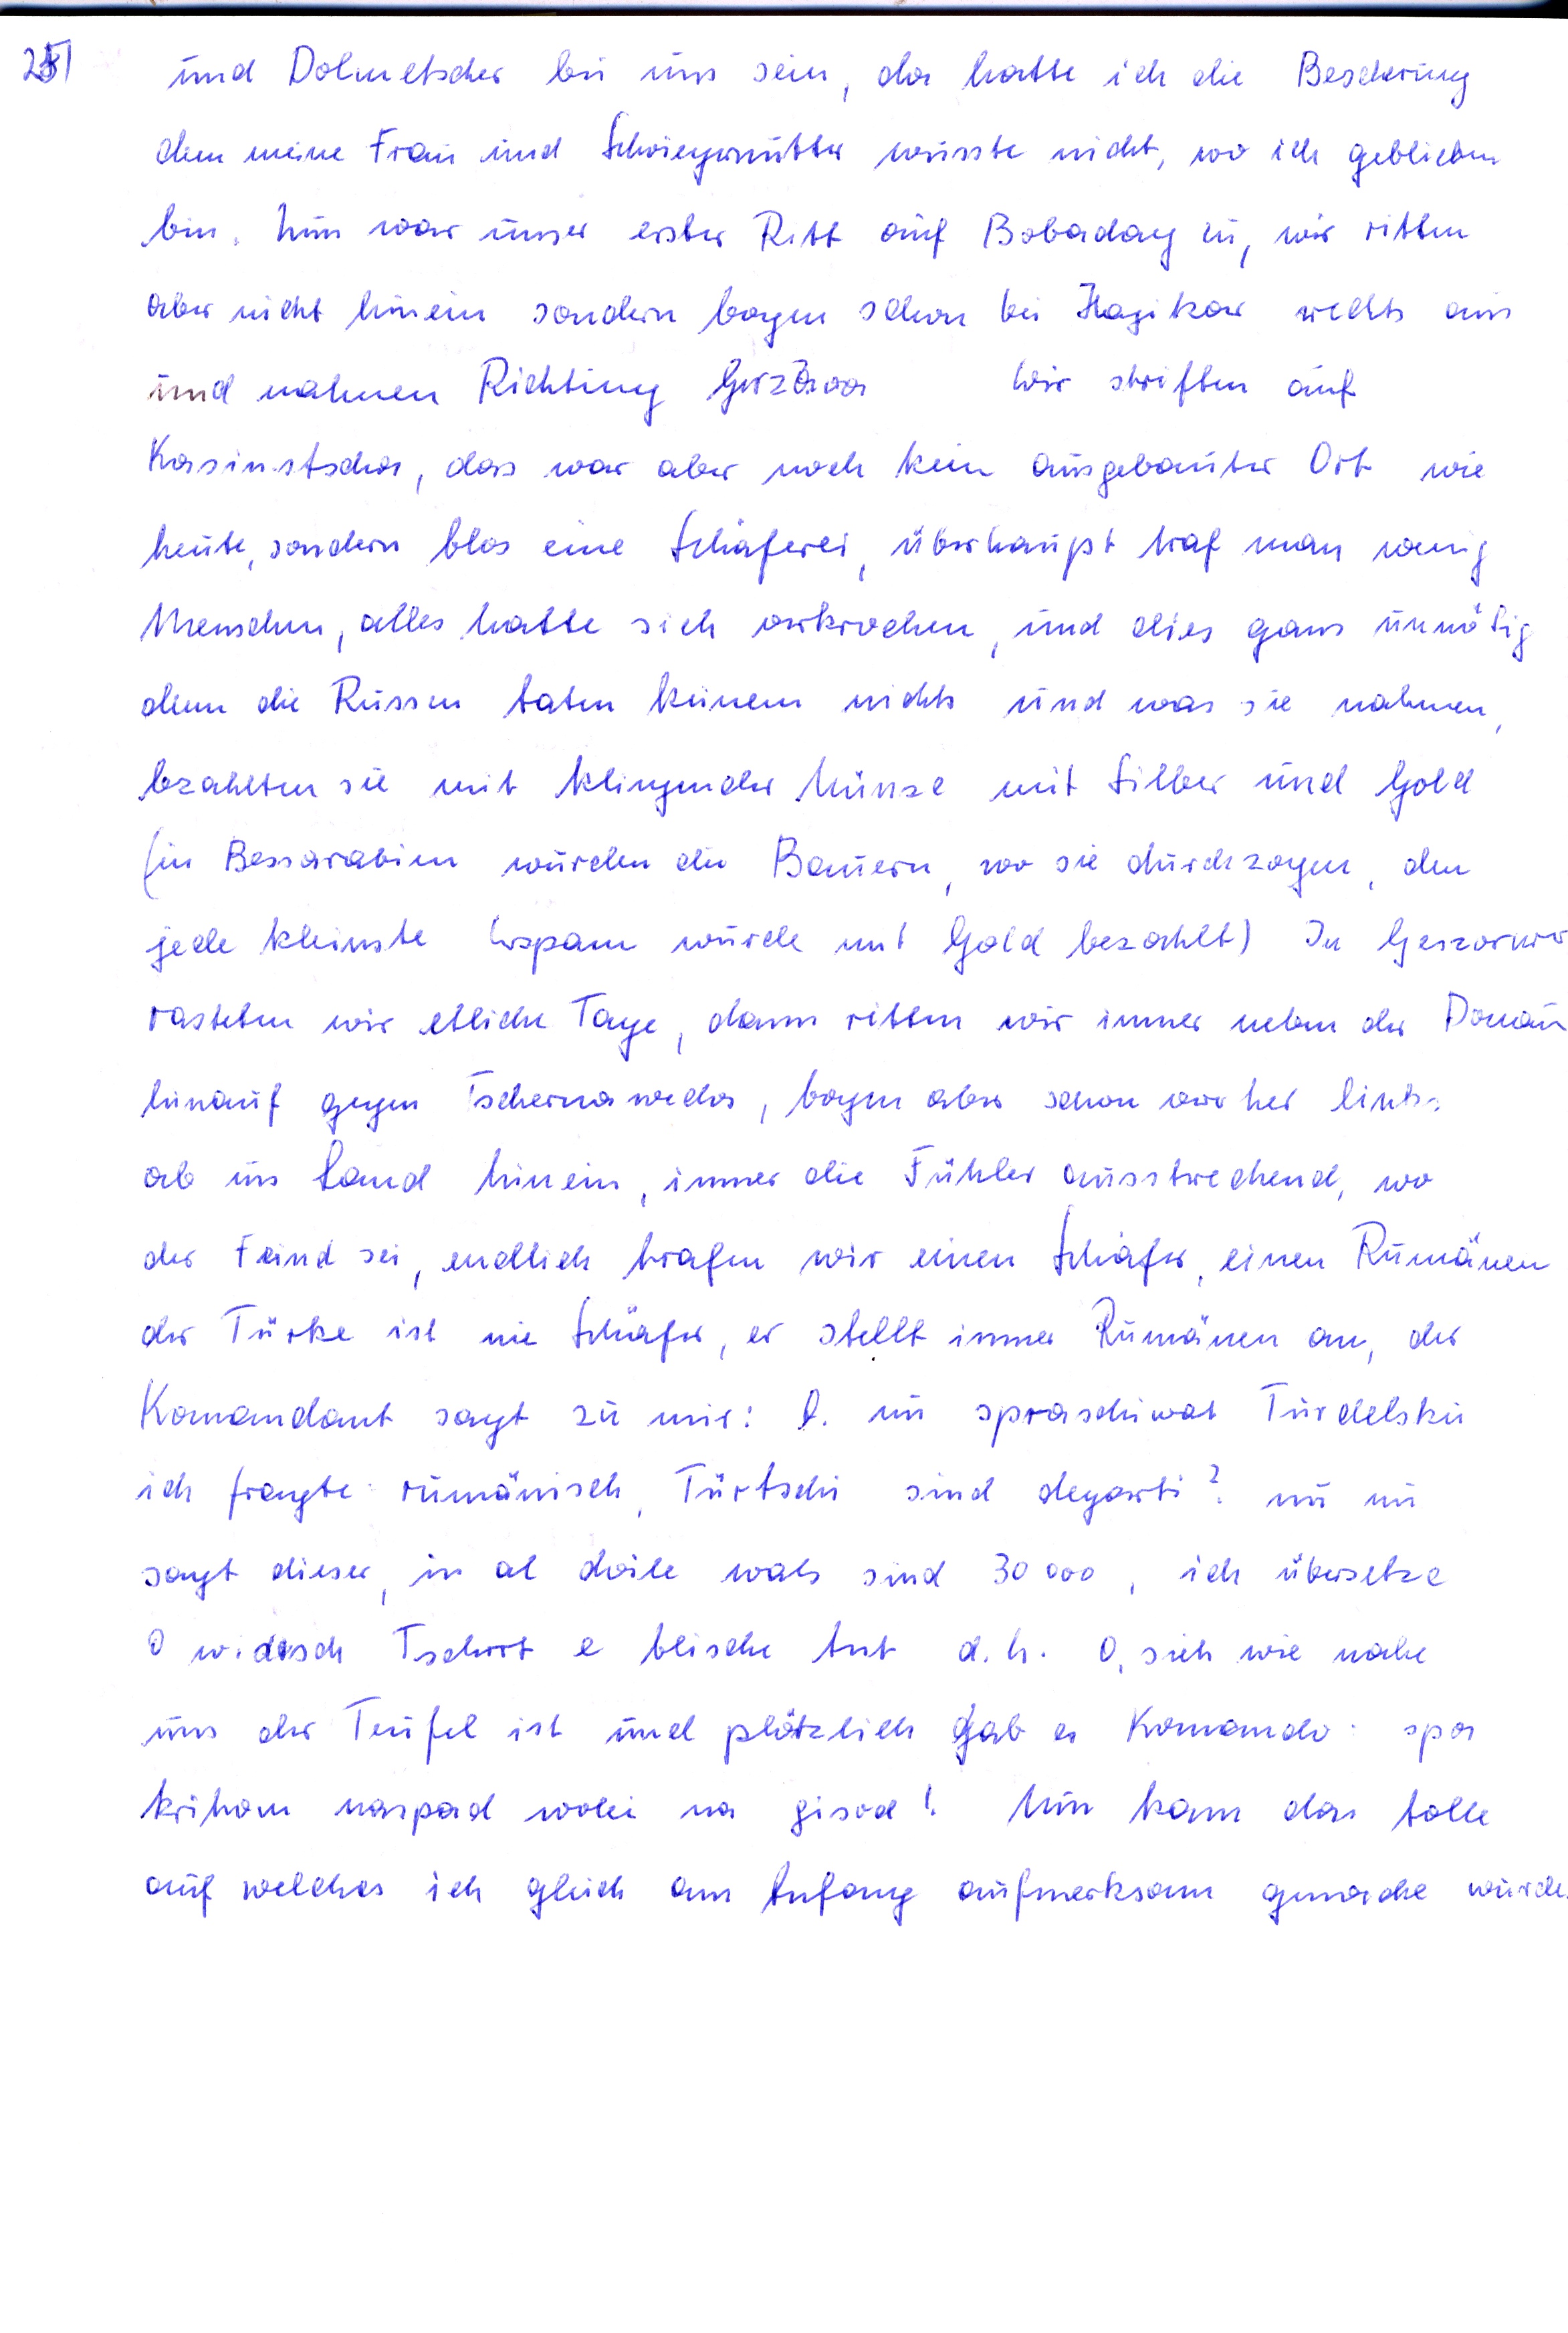
und Dolmetscher bei uns sein, da hatte ich die Beschrung
dem meine Frau und Schwiegrnutter wusste nicht wo ich geblieben
bin. Nun war unser erster Ritt auf Bobadag zu wir ritten
aber nicht hinein sondern bogen schon bei Hagikar rechts aus
und nahnen Richtung Gerzavo
Wir striften auf
Kasinstscha, das war aber noch kein ausgebauter Ort, wie
heute sondern blos eine Schaferei überhaupt traf man wenig
Menschen, alles hatte sich verkrochen und dies ganz unnötig
denn die Russen taten keinem nichts und was sie nahmen
bzahlten sie mit klingender Münze mit Silber und Gold
ir Bessarabien wurden die Bauern, wo sie durchzogen den
jede kleinste Espann wurde mit Gold bezählt) In Gescorus
rasteten wir etliche Tage, dann retten wir immer neben der Donan
hinauf gegen Tschernawedos, bogen aber schon vorher link
ab ins Land hinein immer die Fühler ausstrechend, wo
der Feind sei, endlich trafen wir einen Schafer einen Rumänen
der Türke ist nie Schafer, er stellt immer Rumänen an, der
Komandant sagt zu mir: D. im spraschiwat Furdelsku
ich fragte rumänisch, Fürtschi sind degarti nu nu
sagt dieser in al dole wals sind 30000, ich übersetze
I widisch Tschort e blische tut d.h. O. sieh wie nahe
uns der Teufel ist und plötzlich gab es Komando= spa
kritwmn naspad woli na gisodh! Nun kam das tolle
auf welches ich gleich am Anfang aufmerksam genache würde